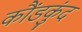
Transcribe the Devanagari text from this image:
कौंडकुंद